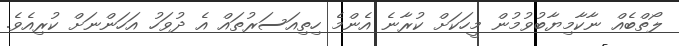
ލޯތްބެއް ނާކާމިޔާބުވުމުން މީހަކަށް ކުރާނެ އެންމެ ހިތިއަސަރުތައް އެ ދުވަހު އަހަންނަށް ކުރިއެވެ.